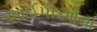
આઈપીઓના